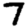
Digit: 7